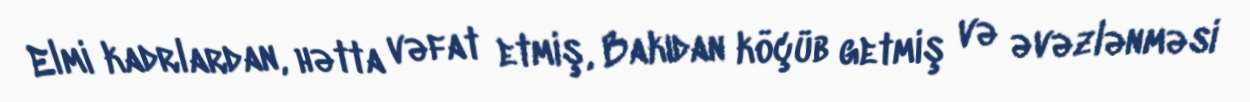
Elmi kadrlardan, hətta vəfat etmiş, Bakıdan köçüb getmiş və əvəzlənməsi